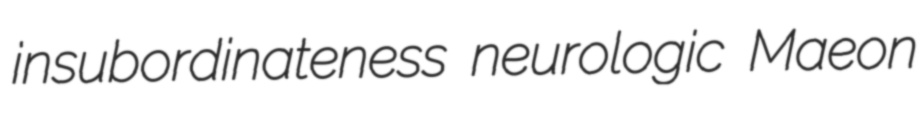
insubordinateness neurologic Maeon